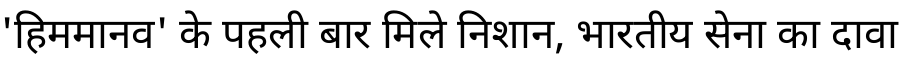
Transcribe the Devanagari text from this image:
'हिममानव' के पहली बार मिले निशान, भारतीय सेना का दावा